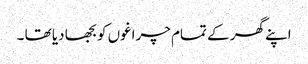
اپنے گھر کے تمام چراغوں کو بجھا دیا تھا ۔